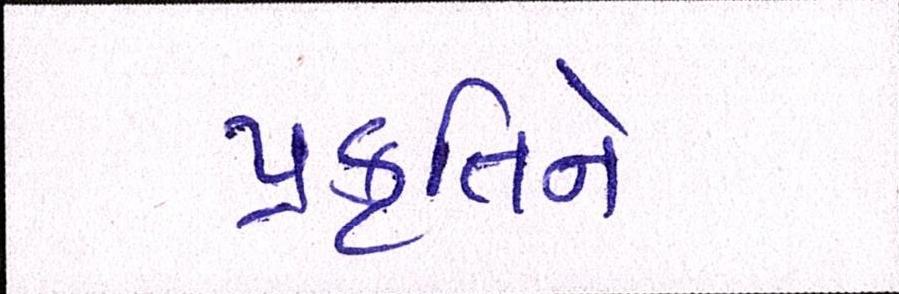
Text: પ્રકૃતિને